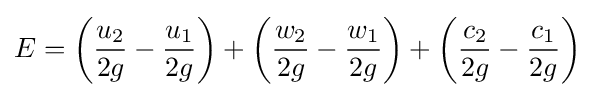
E=\left({\frac {u_{2}}{2g}}-{\frac {u_{1}}{2g}}\right)+\left({\frac {w_{2}}{2g}}-{\frac {w_{1}}{2g}}\right)+\left({\frac {c_{2}}{2g}}-{\frac {c_{1}}{2g}}\right)